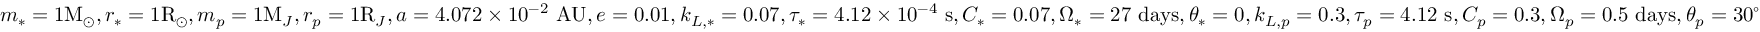
m _ { * } = 1 \mathrm { M } _ { \odot } , r _ { * } = 1 \mathrm { R } _ { \odot } , m _ { p } = 1 \mathrm { M } _ { J } , r _ { p } = 1 \mathrm { R } _ { J } , a = 4 . 0 7 2 \times 1 0 ^ { - 2 } \mathrm { ~ A U } , e = 0 . 0 1 , k _ { L , * } = 0 . 0 7 , \tau _ { * } = 4 . 1 2 \times 1 0 ^ { - 4 } \mathrm { ~ s } , C _ { * } = 0 . 0 7 , \Omega _ { * } = 2 7 \mathrm { ~ d a y s } , \theta _ { * } = 0 , k _ { L , p } = 0 . 3 , \tau _ { p } = 4 . 1 2 \mathrm { ~ s } , C _ { p } = 0 . 3 , \Omega _ { p } = 0 . 5 \mathrm { ~ d a y s } , \theta _ { p } = 3 0 ^ { \circ }